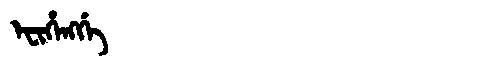
Manchu: ᡝᠸᡳᡥᡝᠩᡤᡝ
Romanization: EFIHENGGE